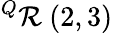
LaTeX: ^{Q}\mathcal{R}\ (2,3)